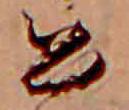
公